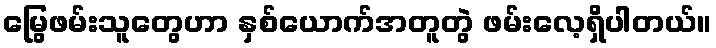
မြွေဖမ်းသူတွေဟာ နှစ်ယောက်အတူတွဲ ဖမ်းလေ့ရှိပါတယ်။